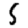
Digit: 5